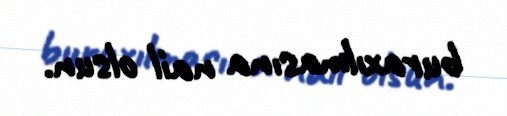
buraxılmasına nail olsun.